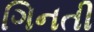
ગિનતી